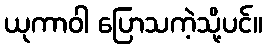
ယုကာဝါ ပြောသကဲ့သို့ပင်။